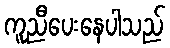
ကူညီပေးနေပါသည်